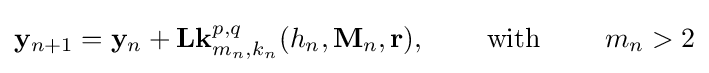
\mathbf {y} _{n+1}=\mathbf {y} _{n}+\mathbf {L\mathbf {k} } _{m_{n},k_{n}}^{p,q}(h_{n},\mathbf {M} _{n},\mathbf {r} )\mathbf {,} \qquad {\text{ with }}\qquad m_{n}>2